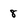
Character: 8